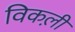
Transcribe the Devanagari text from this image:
विकली़